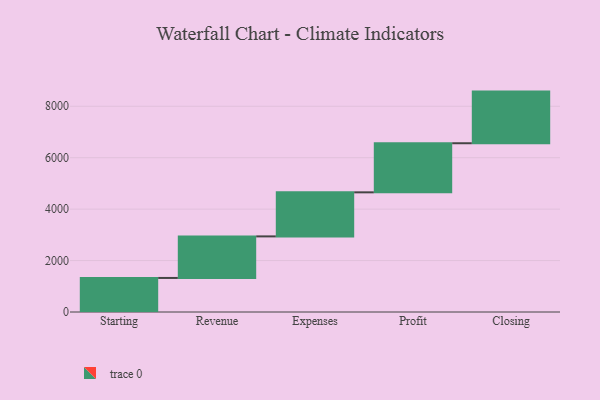
{"axis": {"x": "Step", "y": "Value"}, "legend": [""], "data": [{"x": "Starting", "y": 1324.0, "type": ""}, {"x": "Revenue", "y": 1616.0, "type": ""}, {"x": "Expenses", "y": 1713.0, "type": ""}, {"x": "Profit", "y": 1909.0, "type": ""}, {"x": "Closing", "y": 2008.0, "type": ""}]}